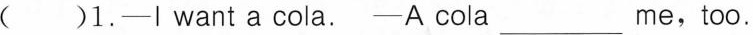
( )1.-I want a cola. -A cola___me,too.